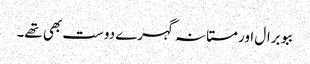
ببو برال اور مستانہ گہرے دوست بھی تھے۔